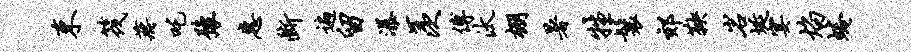
束筏蒋吒豫惠断遍留瀑羡傅汰棚暑牲鬟郊鞅岩埏宴焰蜷